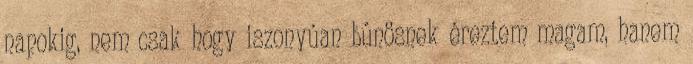
napokig, nem csak hogy iszonyúan bûnösnek éreztem magam, hanem